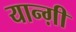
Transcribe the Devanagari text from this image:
यान्ग़ी